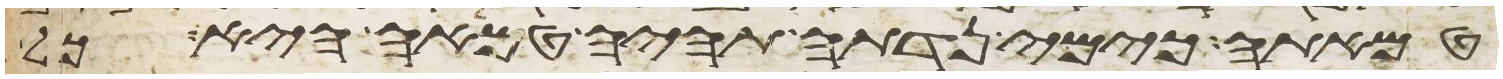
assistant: טמאתה כימי נדתה תהיה טמאה היא כל